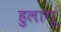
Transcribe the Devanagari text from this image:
हुलागू